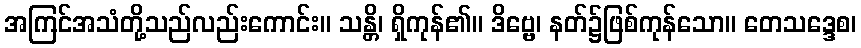
အကြင်အသံတို့သည်လည်းကောင်း။ သန္တိ၊ ရှိကုန်၏။ ဒိဗ္ဗေ၊ နတ်၌ဖြစ်ကုန်သော။ တေသဒ္ဒေစ၊